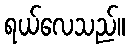
ရယ်လေသည်။